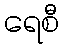
ရေစီ